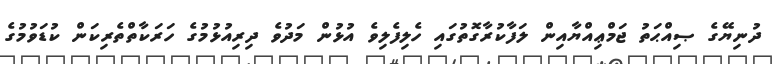
ދުނިޔޭގެ ޞިއްޙަތު ޖަމްޢިއްޔާއިން ލަފާކުރާގޮތުގައި ހެލިފެލިވެ އުޅުން މަދުވެ ދިރިއުޅުމުގެ ހަރަކާތްތެރިކަން ކުޑަވުމުގެ